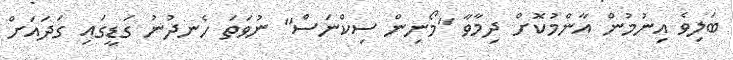
ބަލިވެ އިނުމުން އާންމުކޮށް ދިމާވާ "މޯނިން ސިކްނަސް" ނުވަތަ ހެނދުނު ގަޑީގައި ގަދައަށް